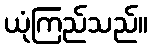
ယုံကြည်သည်။